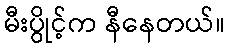
မီးပွိုင့်က နီနေတယ်။